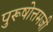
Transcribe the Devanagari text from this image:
पुरूषोत्तमजी